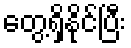
တွေ့ရှိနိုင်ပြီး